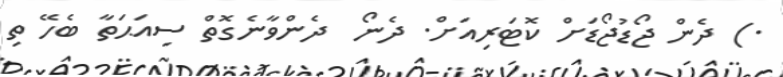
.) ދެން ޖޯޑުޖޯޑަށް ކޮޓަރިއަށް. ދެނޯ  ދެންވާނެގޮތް ސިއަޙަތާ ބެހޭ ތި